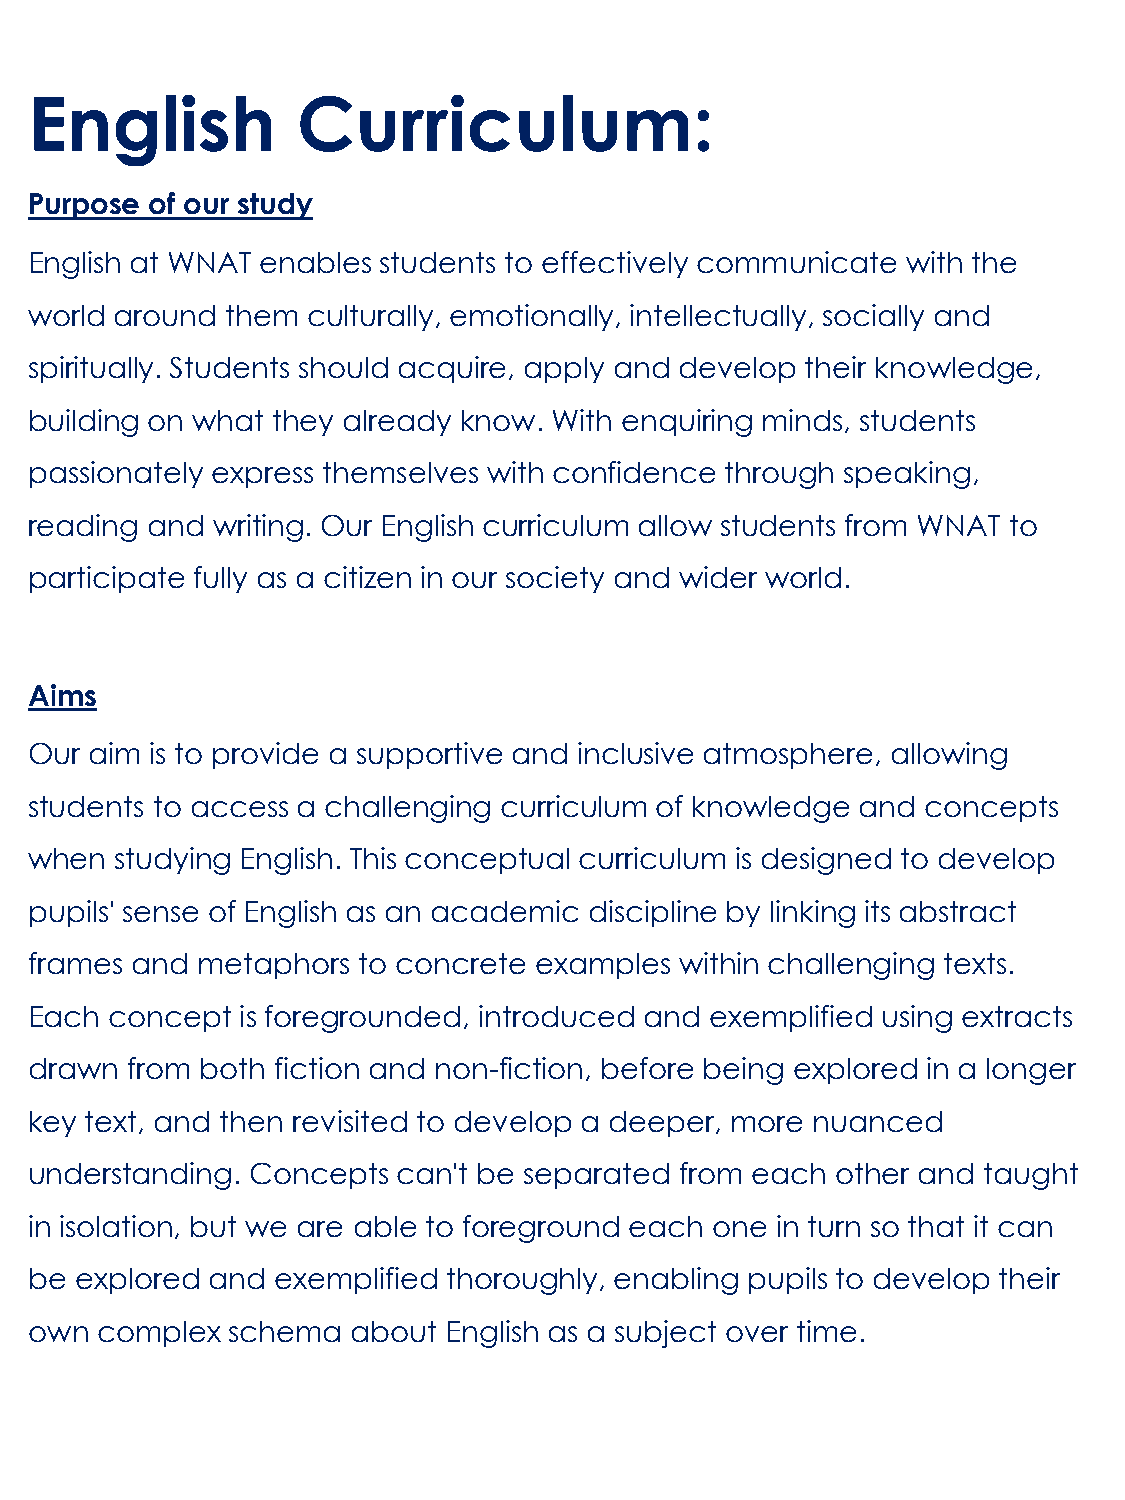
English           Curriculum:
 Purpose of our study
 English at WNAT enables students to effectively communicate with the
 world around them culturally, emotionally, intellectually, socially and
 spiritually. Students should acquire, apply and develop their knowledge,
 building on what they already know. With enquiring minds, students
 passionately express themselves with confidence through speaking,
 reading and writing. Our English curriculum allow students from WNAT to
 participate fully as a citizen in our society and wider world.
 Aims
 Our aim is to provide a supportive and inclusive atmosphere, allowing
 students to access a challenging curriculum of knowledge and concepts
 when  studying English. This conceptual curriculum is designed to develop
 pupils' sense of English as an academic discipline by linking its abstract
 frames and metaphors  to concrete examples within challenging texts.
 Each concept  is foregrounded, introduced and exemplified using extracts
 drawn from both fiction and non-fiction, before being explored in a longer
 key text, and then revisited to develop a deeper, more nuanced
 understanding. Concepts can't be separated from each other and taught
 in isolation, but we are able to foreground each one in turn so that it can
 be explored and exemplified thoroughly, enabling pupils to develop their
 own complex  schema  about  English as a subject over time.